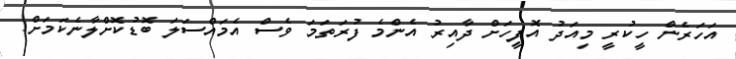
އަހަރެން ހީކުރީ މިއަދު އޮފީހަށް ދާއިރު އެންމެ ފުރަތަމަ ވެސް އެމައްސަލަ ބޮޑުކޮށްލާނެކަމަށް!